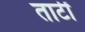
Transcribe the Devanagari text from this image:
ताटीं